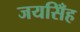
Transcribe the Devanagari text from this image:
जयसिँह